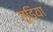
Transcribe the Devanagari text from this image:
जूडिया